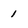
Character: 1